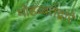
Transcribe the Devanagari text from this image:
मोहब्बतेंद्वारे